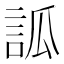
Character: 𧦼